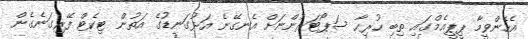
އެހެންވީމާ ޕީޕީއެމްގައި ތިބި ހުރިހާ ސަޕޯޓަރުންނަށް އެނގޭނެ އަޅުގަނޑުގެ އަތުން ޓިކެޓް ފޭރިގަނެގެން